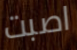
اصبت